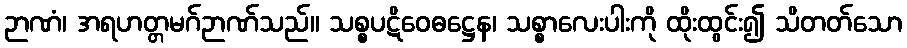
ဉာဏံ၊ အရဟတ္တမဂ်ဉာဏ်သည်။ သစ္စပဋိဝေဓဋ္ဌေန၊ သစ္စာလေးပါးကို ထိုးထွင်း၍ သိတတ်သော